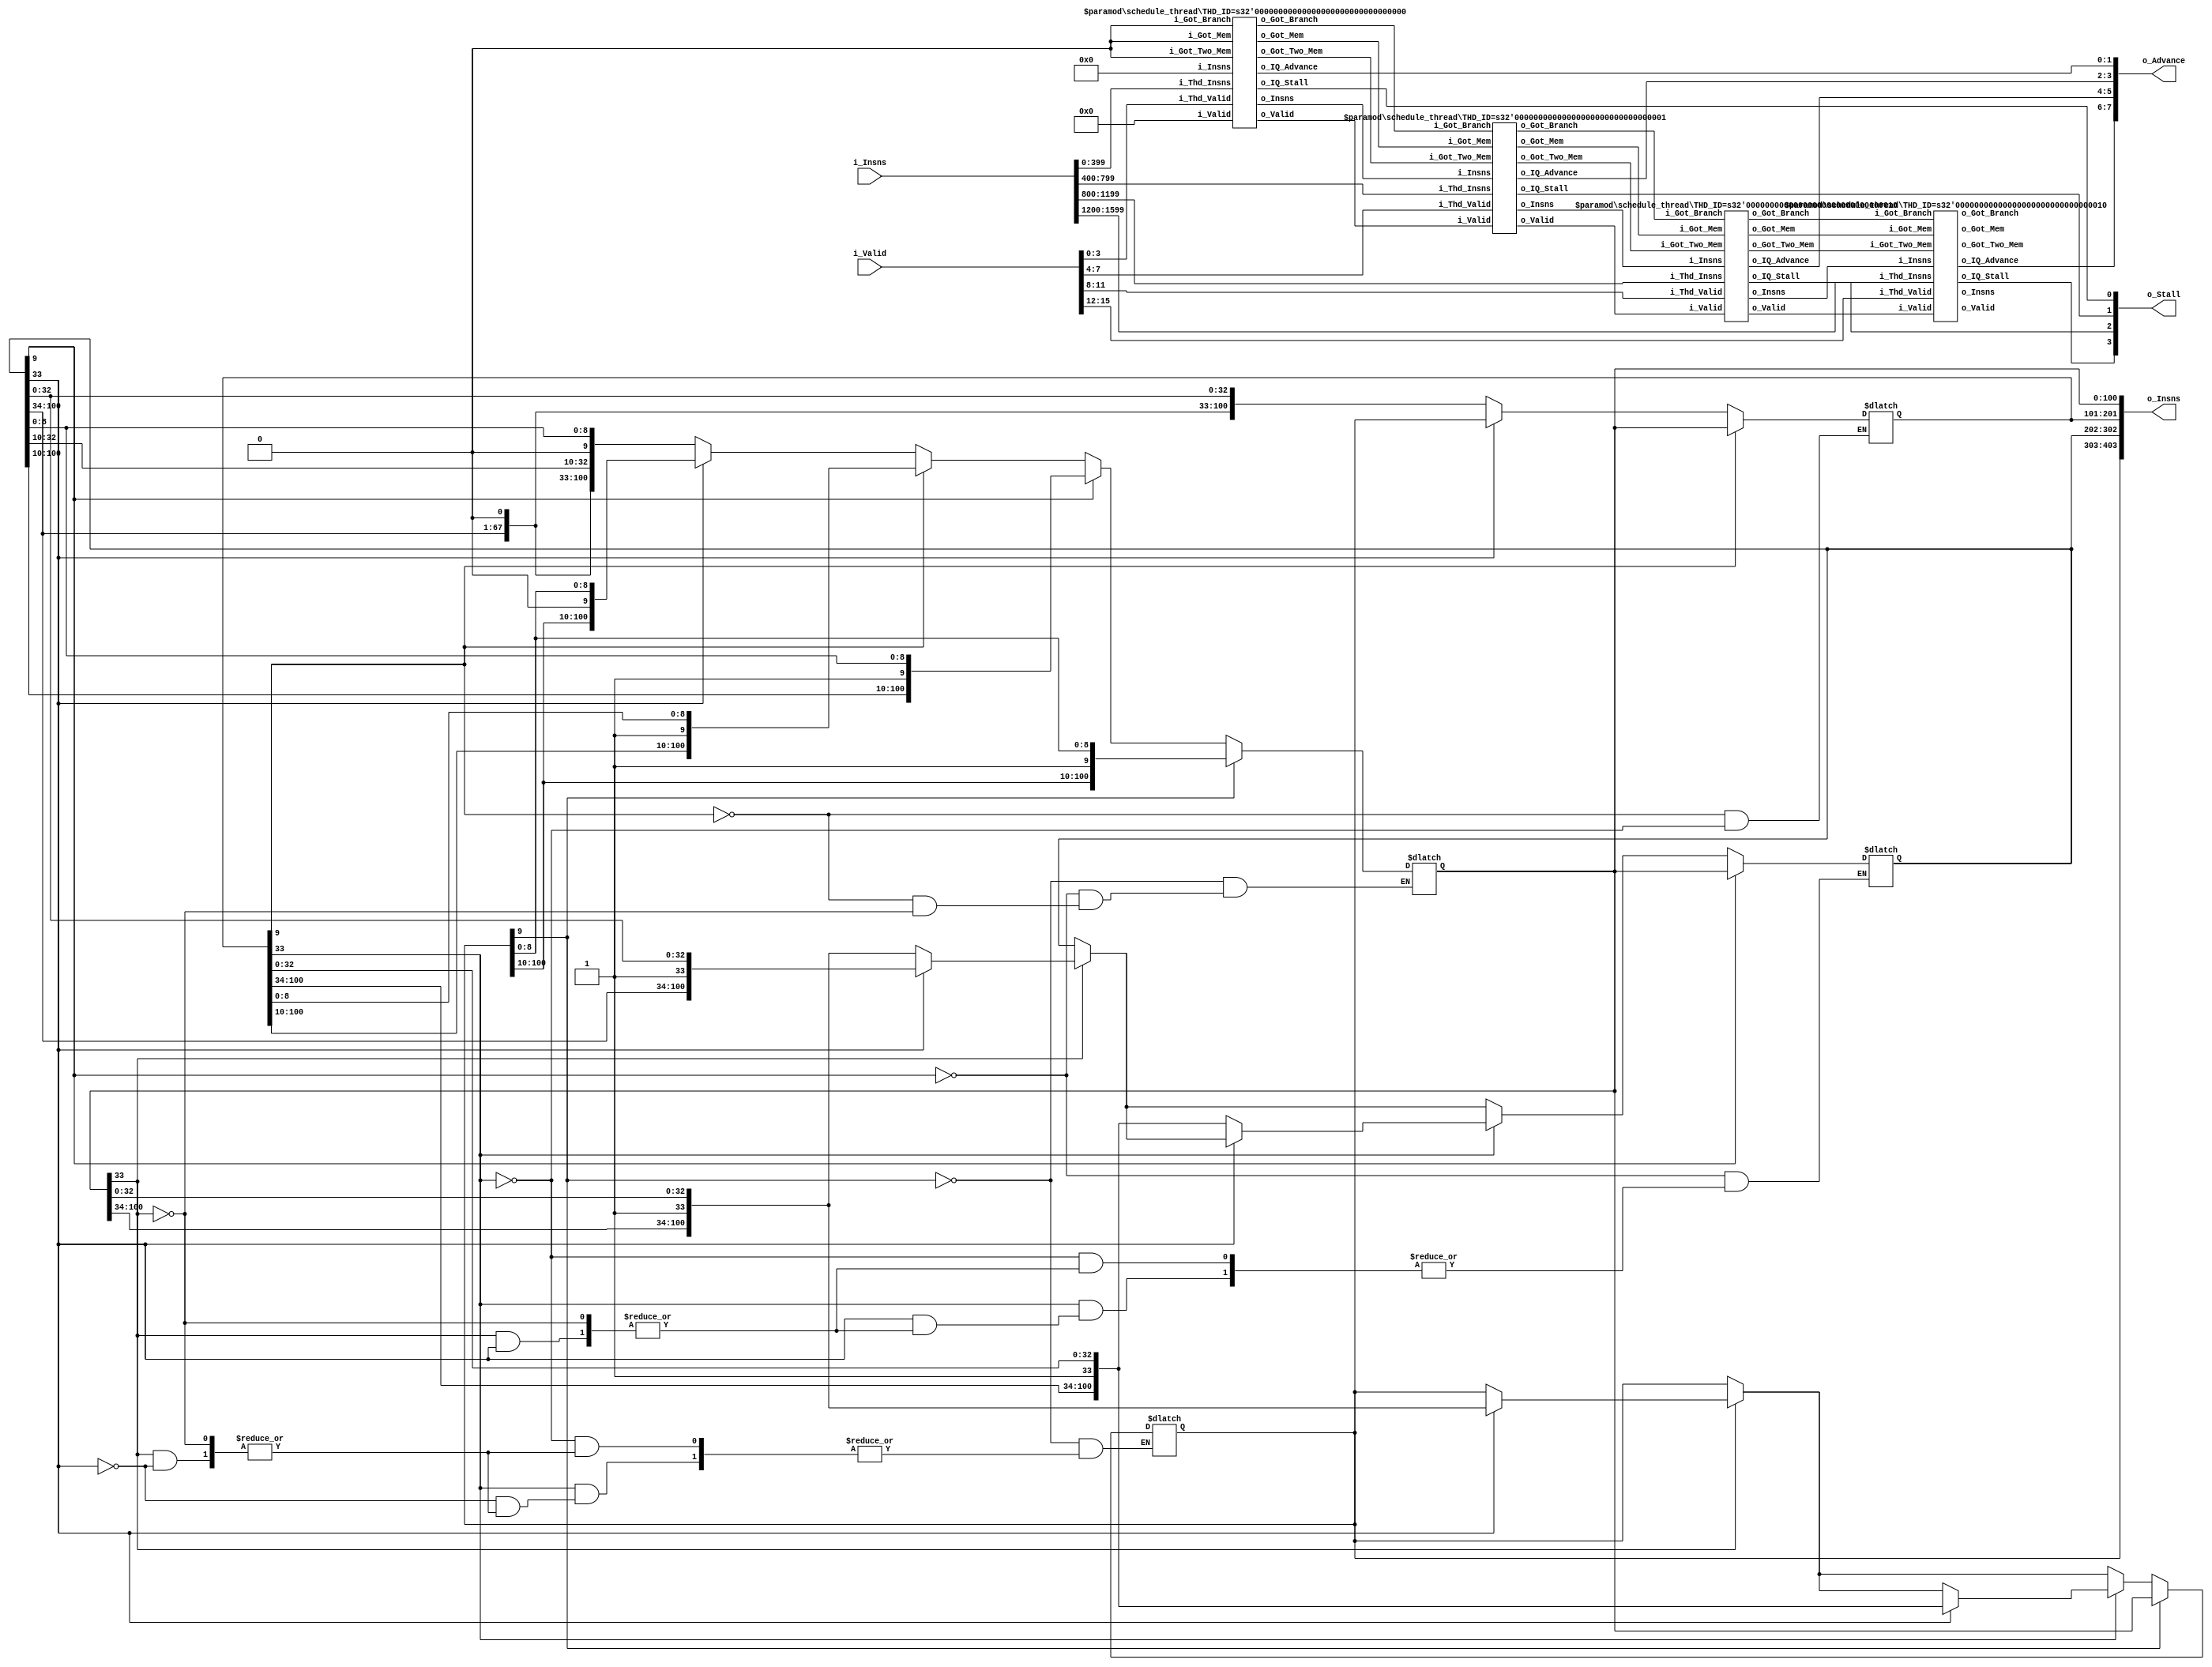
module schedule
  #(parameter IN_INSN_WIDTH=100,
    parameter OUT_INSN_WIDTH=101,
    parameter ADDR_WIDTH=22)
  (input [16*IN_INSN_WIDTH-1:0] i_Insns,
   input [15:0] i_Valid,
   output reg [4*OUT_INSN_WIDTH-1:0] o_Insns,
   output [3:0] o_Stall,
   output [7:0] o_Advance);

   localparam IS_BRANCH_OFFSET = 9;
   localparam IS_MEM_OFFSET = 1 + 8 + 1 + ADDR_WIDTH + 1;

   /* Base cases */
   wire got_branch_0_1 = 0, got_mem_0_1 = 0, got_two_mem_0_1 = 0;
   wire [3:0] valid_0_1 = 4'b0000;
   wire [4*OUT_INSN_WIDTH-1:0] insns_0_1 = 0;
   
   wire got_branch_1_2, got_branch_2_3, got_branch_3_4, got_branch;
   wire got_mem_1_2, got_mem_2_3, got_mem_3_4, got_mem;
   wire got_two_mem_1_2, got_two_mem_2_3, got_two_mem_3_4, got_two_mem;
   wire [3:0] valid_1_2, valid_2_3, valid_3_4, valid;
   wire [4*OUT_INSN_WIDTH-1:0] insns_1_2, insns_2_3, insns_3_4, insns;

   wire                        stall_0, stall_1, stall_2, stall_3;
   wire [1:0]                  adv_0, adv_1, adv_2, adv_3;

   assign o_Stall = {stall_3, stall_2, stall_1, stall_0};
   assign o_Advance = {adv_3, adv_2, adv_1, adv_0};

   always @(*) begin
      // Move load-store instructions to mem slots (slots 2 and 3)

      // Check slot 0 for mem instruction
      if (o_Insns[IS_MEM_OFFSET]) begin
         if (o_Insns[2*OUT_INSN_WIDTH+IS_MEM_OFFSET]) begin
            // swap 0 and 3
            o_Insns[4*OUT_INSN_WIDTH-1:3*OUT_INSN_WIDTH] <= o_Insns[OUT_INSN_WIDTH-1:0];
            o_Insns[OUT_INSN_WIDTH-1:0] <= o_Insns[4*OUT_INSN_WIDTH-1:3*OUT_INSN_WIDTH];
         end else begin
            // swap 0 and 2
            o_Insns[3*OUT_INSN_WIDTH-1:2*OUT_INSN_WIDTH] <= o_Insns[OUT_INSN_WIDTH-1:0];
            o_Insns[OUT_INSN_WIDTH-1:0] <= o_Insns[3*OUT_INSN_WIDTH-1:2*OUT_INSN_WIDTH];
         end
      end

      // Check slot 1 for mem instruction
      if (o_Insns[OUT_INSN_WIDTH+IS_MEM_OFFSET]) begin
         if (o_Insns[2*OUT_INSN_WIDTH+IS_MEM_OFFSET]) begin
            // swap 1 and 3
            o_Insns[4*OUT_INSN_WIDTH-1:3*OUT_INSN_WIDTH] <= o_Insns[2*OUT_INSN_WIDTH-1:OUT_INSN_WIDTH];
            o_Insns[2*OUT_INSN_WIDTH-1:OUT_INSN_WIDTH] <= o_Insns[4*OUT_INSN_WIDTH-1:3*OUT_INSN_WIDTH];
         end else begin
            // swap 1 and 2
            o_Insns[3*OUT_INSN_WIDTH-1:2*OUT_INSN_WIDTH] <= o_Insns[2*OUT_INSN_WIDTH-1:OUT_INSN_WIDTH];
            o_Insns[2*OUT_INSN_WIDTH-1:OUT_INSN_WIDTH] <= o_Insns[3*OUT_INSN_WIDTH-1:2*OUT_INSN_WIDTH];
         end
      end

      // Check slot 1 for branch instruction
      if (o_Insns[OUT_INSN_WIDTH+IS_BRANCH_OFFSET]) begin
         o_Insns[OUT_INSN_WIDTH-1:0] <= o_Insns[2*OUT_INSN_WIDTH-1:OUT_INSN_WIDTH];
         o_Insns[2*OUT_INSN_WIDTH-1:OUT_INSN_WIDTH] <= o_Insns[OUT_INSN_WIDTH-1:0];
      end

      // Check slot 2 for branch instruction
      if (o_Insns[2*OUT_INSN_WIDTH+IS_BRANCH_OFFSET]) begin
         o_Insns[OUT_INSN_WIDTH-1:0] <= o_Insns[3*OUT_INSN_WIDTH-1:2*OUT_INSN_WIDTH];
         o_Insns[3*OUT_INSN_WIDTH-1:2*OUT_INSN_WIDTH] <= o_Insns[OUT_INSN_WIDTH-1:0];
      end
         
      // Check slot 3 for branch instruction
      if (o_Insns[3*OUT_INSN_WIDTH+IS_BRANCH_OFFSET]) begin
         o_Insns[OUT_INSN_WIDTH-1:0] <= o_Insns[4*OUT_INSN_WIDTH-1:3*OUT_INSN_WIDTH];
         o_Insns[4*OUT_INSN_WIDTH-1:3*OUT_INSN_WIDTH] <= o_Insns[OUT_INSN_WIDTH-1:0];
      end
   end
   
   schedule_thread #(.THD_ID(0)) thd0_sched(got_branch_0_1,
                                            got_mem_0_1,
                                            got_two_mem_0_1,
                                            i_Insns[4*IN_INSN_WIDTH-1:0],
                                            i_Valid[3:0],
                                            insns_0_1,
                                            valid_0_1,
                                            got_branch_1_2,
                                            got_mem_1_2,
                                            got_two_mem_1_2,
                                            insns_1_2,
                                            valid_1_2,
                                            stall_0,
                                            adv_0);
   
   schedule_thread #(.THD_ID(1)) thd1_sched(got_branch_1_2,
                                            got_mem_1_2,
                                            got_two_mem_1_2,
                                            i_Insns[8*IN_INSN_WIDTH-1:4*IN_INSN_WIDTH],
                                            i_Valid[7:4],
                                            insns_1_2,
                                            valid_1_2,
                                            got_branch_2_3,
                                            got_mem_2_3,
                                            got_two_mem_2_3,
                                            insns_2_3,
                                            valid_2_3,
                                            stall_1,
                                            adv_1);
   
   schedule_thread #(.THD_ID(2)) thd2_sched(got_branch_2_3,
                                            got_mem_2_3,
                                            got_two_mem_2_3,
                                            i_Insns[12*IN_INSN_WIDTH-1:8*IN_INSN_WIDTH],
                                            i_Valid[11:8],
                                            insns_2_3,
                                            valid_2_3,
                                            got_branch_3_4,
                                            got_mem_3_4,
                                            got_two_mem_3_4,
                                            insns_3_4,
                                            valid_3_4,
                                            stall_2,
                                            adv_2);
   
   schedule_thread #(.THD_ID(2)) thd3_sched(got_branch_3_4,
                                            got_mem_3_4,
                                            got_two_mem_3_4,
                                            i_Insns[16*IN_INSN_WIDTH-1:12*IN_INSN_WIDTH],
                                            i_Valid[15:12],
                                            insns_3_4,
                                            valid_3_4,
                                            got_branch,
                                            got_mem,
                                            got_two_mem,
                                            insns,
                                            valid,
                                            stall_3,
                                            adv_3);

endmodule

module schedule_thread
  #(parameter THD_ID=0,
    parameter IN_INSN_WIDTH=100,
    parameter OUT_INSN_WIDTH=101,
    parameter ADDR_WIDTH=22)
   (input i_Got_Branch,
    input i_Got_Mem,
    input i_Got_Two_Mem,
    input [4*IN_INSN_WIDTH-1:0] i_Thd_Insns,
    input [3:0] i_Thd_Valid,
    input [4*OUT_INSN_WIDTH-1:0] i_Insns,
    input [3:0] i_Valid,
    output reg o_Got_Branch,
    output reg o_Got_Mem,
    output reg o_Got_Two_Mem,
    output reg [4*OUT_INSN_WIDTH-1:0] o_Insns,
    output reg [3:0] o_Valid,
    output reg o_IQ_Stall,
    output reg [1:0] o_IQ_Advance);

   localparam IS_MEM_OFFSET = 1 + 8 + 1 + ADDR_WIDTH + 1;

   reg [4*OUT_INSN_WIDTH-1:0] thd_insns;
   wire                       is_branch_0 = i_Thd_Insns[9];
   wire                       is_branch_1 = i_Thd_Insns[IN_INSN_WIDTH+9];
   wire                       is_branch_2 = i_Thd_Insns[2*IN_INSN_WIDTH+9];
   wire                       is_branch_3 = i_Thd_Insns[3*IN_INSN_WIDTH+9];
   
   wire                       is_mem_0 = i_Thd_Insns[IS_MEM_OFFSET];
   wire                       is_mem_1 = i_Thd_Insns[IN_INSN_WIDTH+IS_MEM_OFFSET];
   wire                       is_mem_2 = i_Thd_Insns[2*IN_INSN_WIDTH+IS_MEM_OFFSET];
   wire                       is_mem_3 = i_Thd_Insns[3*IN_INSN_WIDTH+IS_MEM_OFFSET];

   wire [OUT_INSN_WIDTH-1:0]  in_insn_0 = i_Insns[OUT_INSN_WIDTH-1:0];
   wire [OUT_INSN_WIDTH-1:0]  in_insn_1 = i_Insns[2*OUT_INSN_WIDTH-1:OUT_INSN_WIDTH];
   wire [OUT_INSN_WIDTH-1:0]  in_insn_2 = i_Insns[3*OUT_INSN_WIDTH-1:2*OUT_INSN_WIDTH];
   wire [OUT_INSN_WIDTH-1:0]  in_insn_3 = i_Insns[4*OUT_INSN_WIDTH-1:3*OUT_INSN_WIDTH];

   // Strip continuation (bundle) bit, add thread ID
   wire [1:0]                 thd_id = THD_ID;
   wire [OUT_INSN_WIDTH-1:0]  thd_insn_0 = {thd_id, i_Thd_Insns[IN_INSN_WIDTH-2:0]};
   wire [OUT_INSN_WIDTH-1:0]  thd_insn_1 = {thd_id, i_Thd_Insns[2*IN_INSN_WIDTH-2:IN_INSN_WIDTH]};
   wire [OUT_INSN_WIDTH-1:0]  thd_insn_2 = {thd_id, i_Thd_Insns[3*IN_INSN_WIDTH-2:2*IN_INSN_WIDTH]};
   wire [OUT_INSN_WIDTH-1:0]  thd_insn_3 = {thd_id, i_Thd_Insns[4*IN_INSN_WIDTH-2:3*IN_INSN_WIDTH]};

   
   reg                        block_0, block_1, block_2, block_3;
   reg [3:0]                  valid;

   always @(*) begin
      block_0 = ~i_Thd_Insns[99];
      block_1 = ~i_Thd_Insns[IN_INSN_WIDTH+99];
      block_2 = ~i_Thd_Insns[2*IN_INSN_WIDTH+99];
      block_3 = ~i_Thd_Insns[3*IN_INSN_WIDTH+99];

      o_Got_Branch = i_Got_Branch;
      o_Got_Mem = i_Got_Mem;
      o_Got_Two_Mem = i_Got_Two_Mem;

      if (is_branch_0) begin
         if (o_Got_Branch) block_0 = 1;
         else o_Got_Branch = 1;
      end else if (is_mem_0) begin
         if (o_Got_Two_Mem) block_0 = 1;
         else if (o_Got_Mem) o_Got_Two_Mem = 1;
         else o_Got_Mem = 1;
      end
      
      if (is_branch_1) begin
         if (o_Got_Branch) block_1 = 1;
         else o_Got_Branch = 1;
      end else if (is_mem_1) begin
         if (o_Got_Two_Mem) block_1 = 1;
         else if (o_Got_Mem) o_Got_Two_Mem = 1;
         else o_Got_Mem = 1;
      end
      
      if (is_branch_2) begin
         if (o_Got_Branch) block_2 = 1;
         else o_Got_Branch = 1;
      end else if (is_mem_2) begin
         if (o_Got_Two_Mem) block_2 = 1;
         else if (o_Got_Mem) o_Got_Two_Mem = 1;
         else o_Got_Mem = 1;
      end
      
      if (is_branch_3) begin
         if (o_Got_Branch) block_3 = 1;
         else o_Got_Branch = 1;
      end else if (is_mem_3) begin
         if (o_Got_Two_Mem) block_3 = 1;
         else if (o_Got_Mem) o_Got_Two_Mem = 1;
         else o_Got_Mem = 1;
      end

      valid = i_Thd_Valid;

      if (block_0) begin
         valid[0] = 0;
         valid[1] = 0;
         valid[2] = 0;
         valid[3] = 0;
      end else if (block_1) begin
         valid[1] = 0;
         valid[2] = 0;
         valid[3] = 0;
      end else if (block_2) begin
         valid[2] = 0;
         valid[3] = 0;
      end else if (block_3) begin
         valid[3] = 0;
      end

      if (i_Valid[3]) begin
         o_IQ_Stall = 1;
         o_IQ_Advance = 0;
         o_Insns = i_Insns;
         o_Valid = i_Valid; // 1111
      end else if (i_Valid[2]) begin
         o_IQ_Stall = 0;
         o_IQ_Advance = 0;
         o_Insns = {thd_insn_0, in_insn_2, in_insn_1, in_insn_0};
         o_Valid = {valid[0], i_Valid[2:0]};
      end else if (i_Valid[1]) begin
         o_IQ_Stall = 0;
         o_IQ_Advance = 1;
         o_Insns = {thd_insn_1, thd_insn_0, in_insn_1, in_insn_0};
         o_Valid = {valid[1:0], i_Valid[1:0]};
      end else if (i_Valid[0]) begin
         o_IQ_Stall = 0;
         o_IQ_Advance = 2;
         o_Insns = {thd_insn_2, thd_insn_1, thd_insn_0, in_insn_0};
         o_Valid = {valid[2:0], i_Valid[0]};
      end else begin
         o_IQ_Stall = 0;
         o_IQ_Advance = 3;
         o_Insns = {thd_insn_3, thd_insn_2, thd_insn_1, thd_insn_0};
         o_Valid = valid;
      end
   end
endmodule